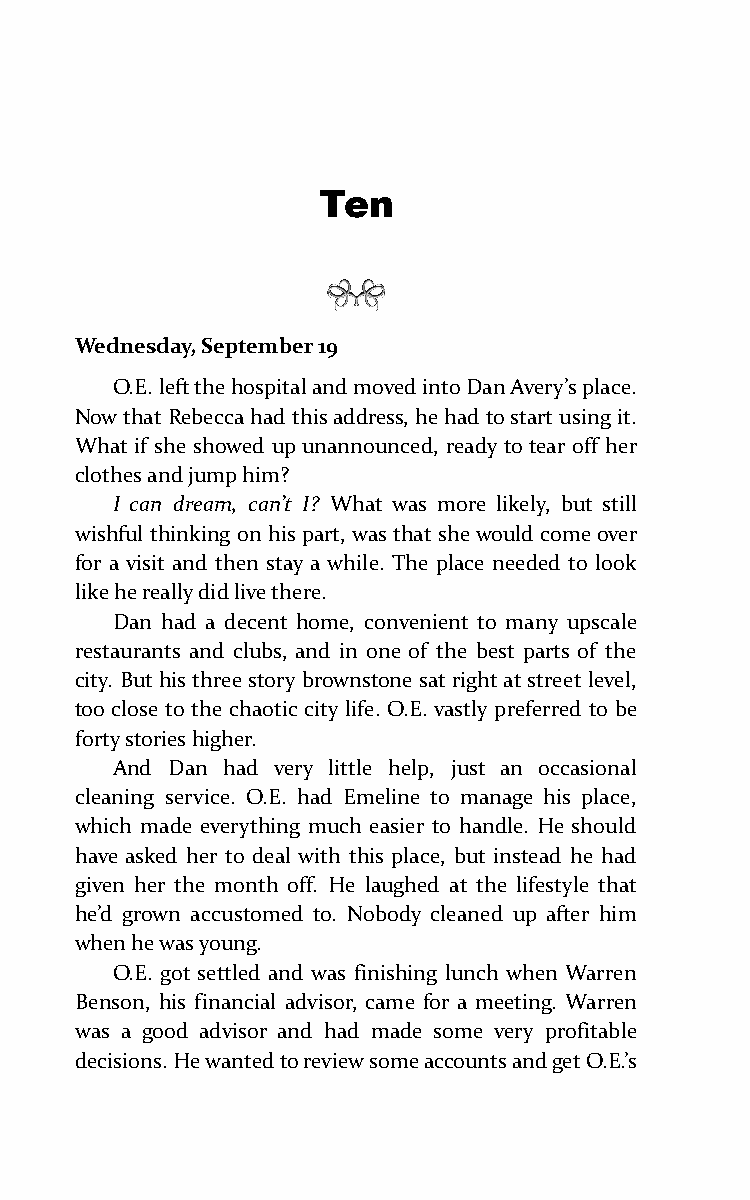
Ten
 Wednesday, September 19
 O.E. left the hospital and moved into Dan Avery’s place.
 Now that Rebecca had this address, he had to start using it.
 What if she showed up unannounced, ready to tear off her
 clothes and jump him?
 I can dream, can’t I? What was more likely, but still
 wishful thinking on his part, was that she would come over
 for a visit and then stay a while. The place needed to look
 like he really did live there.
 Dan had a decent home, convenient to many upscale
 restaurants and clubs, and in one of the best parts of the
 city. But his three story brownstone sat right at street level,
 too close to the chaotic city life. O.E. vastly preferred to be
 forty stories higher.
 And Dan had very little help, just an occasional
 cleaning service. O.E. had Emeline to manage his place,
 which made everything much easier to handle. He should
 have asked her to deal with this place, but instead he had
 given her the month off. He laughed at the lifestyle that
 he’d grown accustomed to. Nobody cleaned up after him
 when he was young.
 O.E. got settled and was finishing lunch when Warren
 Benson, his financial advisor, came for a meeting. Warren
 was a good advisor and had made some very profitable
 decisions. He wanted to review some accounts and get O.E.’s